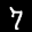
Label: 7